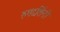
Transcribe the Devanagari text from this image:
रुपदर्शिनी